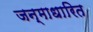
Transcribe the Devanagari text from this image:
जन्‍माधारित